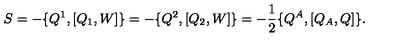
S = - \{ Q ^ { 1 } , [ Q _ { 1 } , W ] \} = - \{ Q ^ { 2 } , [ Q _ { 2 } , W ] \} = - \frac { 1 } { 2 } \{ Q ^ { A } , [ Q _ { A } , Q ] \} .